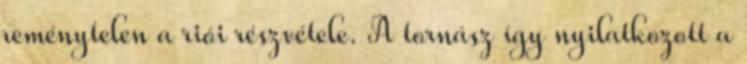
reménytelen a riói részvétele. A tornász így nyilatkozott a